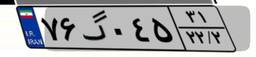
۷۶گ۰۴۵۳۱